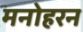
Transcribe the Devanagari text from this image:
मनोहरन